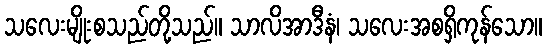
သလေးမျိုးစသည်တို့သည်။ သာလိအာဒီနံ၊ သလေးအစရှိကုန်သော။